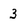
Character: 3